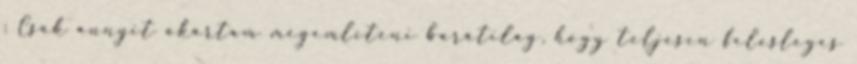
: Csak annyit akartam megemlíteni barátilag, hogy teljesen felesleges